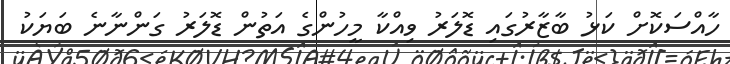
ހާއްސަކޮށް ކަޅު ބާޒާރުގައި ޑޮލަރު ވިއްކާ މީހުންގެ އަތުން ޑޮލަރު ގަންނާނެ ބަޔަކު